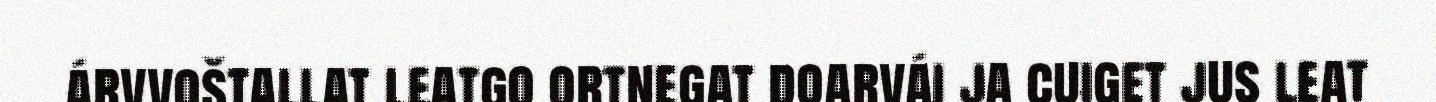
árvvoštallat leatgo ortnegat doarvái ja cuiget jus leat